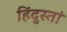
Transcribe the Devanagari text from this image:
हिंदुस्तां